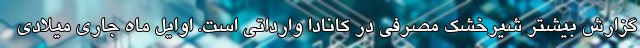
گزارش بیشتر شیرخشک مصرفی در کانادا وارداتی است. اوایل ماه جاری میلادی